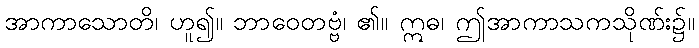
အာကာသောတိ၊ ဟူ၍။ ဘာဝေတဗ္ဗံ၊ ၏။ ဣဓ၊ ဤအာကာသကသိုဏ်း၌။